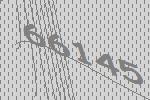
66145